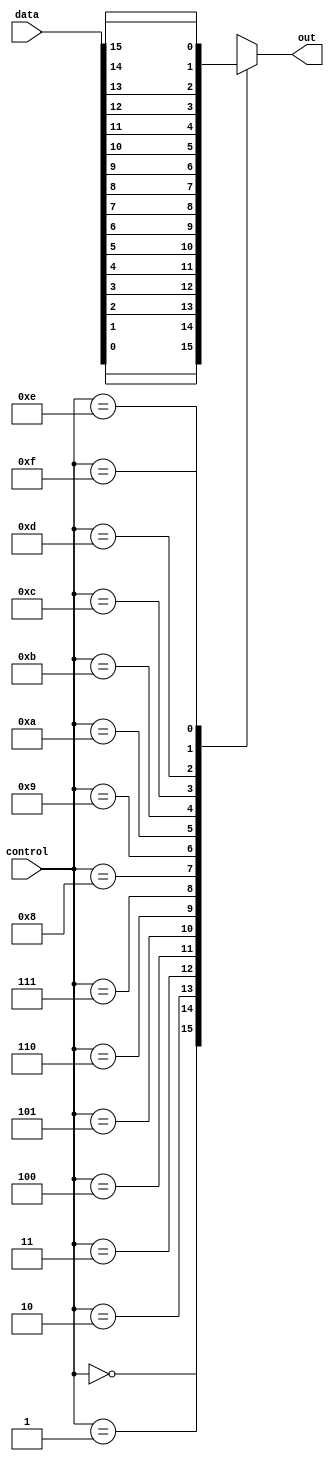
module mux16x1 (
    input [15:0] data,
    input [3:0] control,
    output reg out
);

always @ (*) begin
    case (control)
        4'b0000: out = data[0];
        4'b0001: out = data[1];
        4'b0010: out = data[2];
        4'b0011: out = data[3];
        4'b0100: out = data[4];
        4'b0101: out = data[5];
        4'b0110: out = data[6];
        4'b0111: out = data[7];
        4'b1000: out = data[8];
        4'b1001: out = data[9];
        4'b1010: out = data[10];
        4'b1011: out = data[11];
        4'b1100: out = data[12];
        4'b1101: out = data[13];
        4'b1110: out = data[14];
        4'b1111: out = data[15];
        default: out = 1'bx;
    endcase
end

endmodule